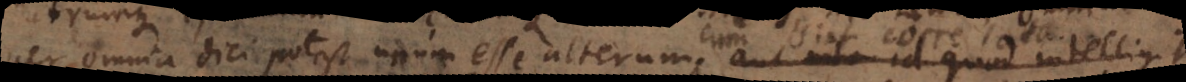
per omnia dici potest unum esse alterum; aut nota id quod intelligi